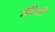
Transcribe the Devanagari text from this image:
मेरिओं